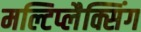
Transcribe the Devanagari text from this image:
मल्टिप्लैक्सिंग